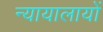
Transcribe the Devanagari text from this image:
न्यायालायों